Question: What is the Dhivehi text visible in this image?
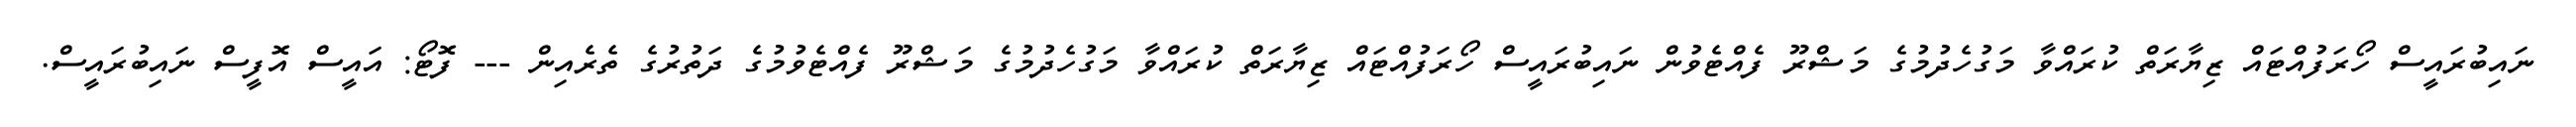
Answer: ނައިބުރައީސް ހޯރަފުއްޓައް ޒިޔާރަތް ކުރައްވާ މަގުހެދުމުގެ މަޝްރޫ ފެއްޓެވުން ނައިބުރައީސް ހޯރަފުއްޓައް ޒިޔާރަތް ކުރައްވާ މަގުހެދުމުގެ މަޝްރޫ ފެއްޓެވުމުގެ ދަތުރުގެ ތެރެއިން --- ފޮޓޯ: އައީސް އޮފީސް ނައިބުރައީސް.